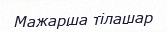
Мажарша тілашар